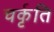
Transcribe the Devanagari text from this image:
चर्कृति